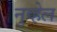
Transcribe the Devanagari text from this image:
नुव्हेल